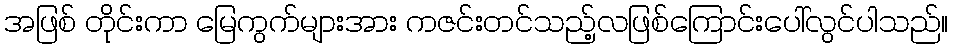
အဖြစ် တိုင်းကာ မြေကွက်များအား ကဇင်းတင်သည့်လဖြစ်ကြောင်းပေါ်လွင်ပါသည်။